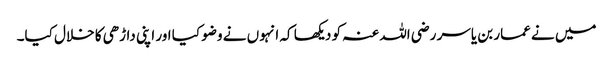
میں نے عمار بن یاسر رضی اللہ عنہ کو دیکھا کہ انہوں نے وضو کیا اور اپنی داڑھی کا خلال کیا۔